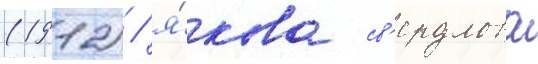
(1912) / я́кова св'ердлова